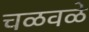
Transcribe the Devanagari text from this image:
चळवळे